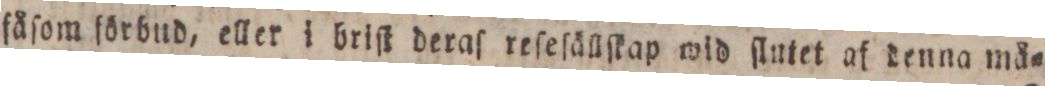
fåſom förbnd, eller i briſt deraſ reſeſällſkap wid ſlutet af denna må=